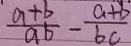
\frac { a + b } { a b } - \frac { a + b } { b c }